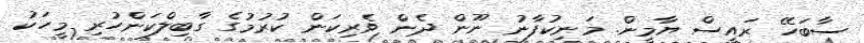
ސާބަހޭ ރައީސް ޔާމީން. މަނިކުފާނު ނޫން ދެން ވެރިކަން ކުރުމުގެ ގާބިލްކަންހުރި މީހަކު